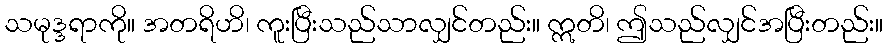
သမုဒ္ဒရာကို။ အတရိဟိ၊ ကူးပြီးသည်သာလျှင်တည်း။ ဣတိ၊ ဤသည်လျှင်အပြီးတည်း။